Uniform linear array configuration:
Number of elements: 24
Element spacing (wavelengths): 0.75
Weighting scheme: kaiser
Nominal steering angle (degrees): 30
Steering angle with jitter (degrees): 29.066
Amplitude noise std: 0.05
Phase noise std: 0.05

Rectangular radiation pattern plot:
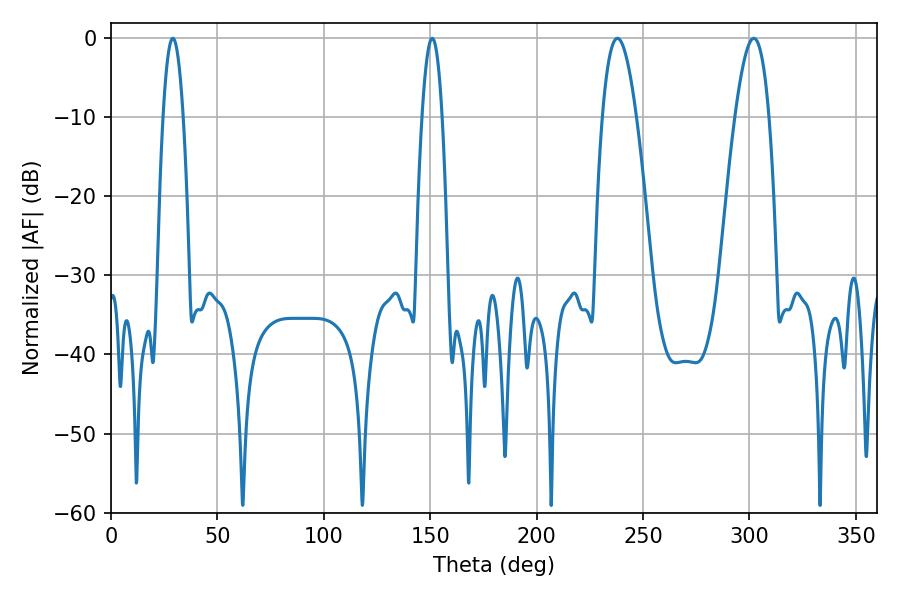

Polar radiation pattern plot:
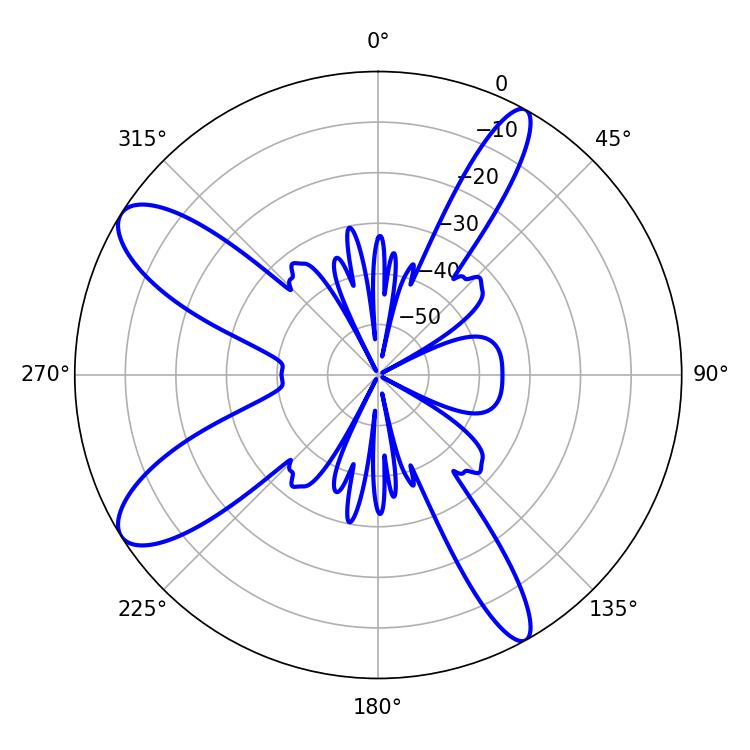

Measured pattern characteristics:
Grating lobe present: TRUE
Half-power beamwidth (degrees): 8.82
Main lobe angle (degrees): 302.04